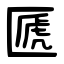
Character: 㔸